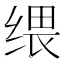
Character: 𦈓